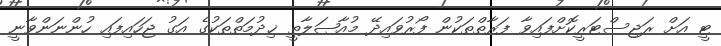
ޓީ އަށް ރަޖިސްޓަރީކޮށްފައިވާ ފަރާތްތަކުން ފޯރުވައިދޭ މުއާޞަލާތީ ޚިދުމަތްތަކުގެ އަގު ޖަހައިފައި ހުންނަންވާނީ